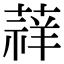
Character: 䔗